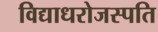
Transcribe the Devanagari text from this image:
विद्याधरोजस्पति